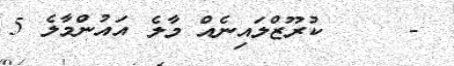
-     ކުރޫޒްލައިނެއް މާލެ އައުންމާލެ 5